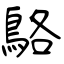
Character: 鴼